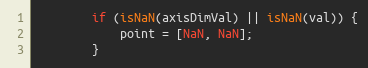
Language: JavaScript
        if (isNaN(axisDimVal) || isNaN(val)) {
            point = [NaN, NaN];
        }